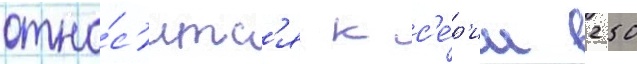
отно́с'итс'я к с'е́р'ии 250